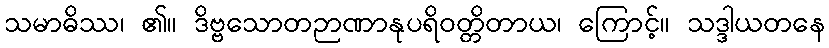
သမာဓိဿ၊ ၏။ ဒိဗ္ဗသောတဉာဏာနုပရိဝတ္တိတာယ၊ ကြောင့်။ သဒ္ဒါယတနေ